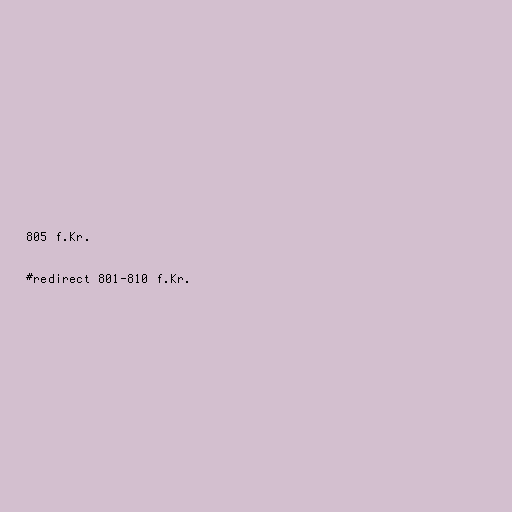
805 f.Kr.

#redirect 801-810 f.Kr.